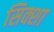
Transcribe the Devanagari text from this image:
सिक्शा